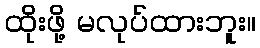
ထိုးဖို့ မလုပ်ထားဘူး။